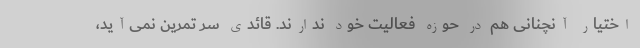
اختیار آنچنانی هم در حوزه فعالیت خود ندارند. قائدی سر تمرین نمی‌آید،